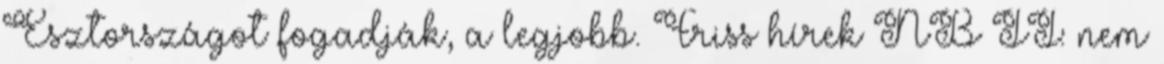
Észtországot fogadják, a legjobb. Friss hírek NB II: nem